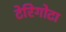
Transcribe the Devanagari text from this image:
टेरिगोटा